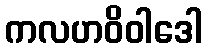
ကလဟဝိဝါဒေါ